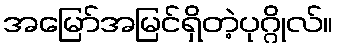
အမြော်အမြင်ရှိတဲ့ပုဂ္ဂိုလ်။